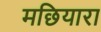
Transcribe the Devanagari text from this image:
मछियारा